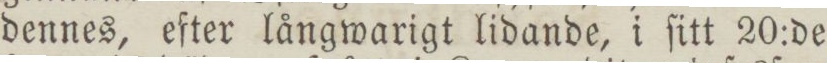
dennes, efter långwarigt lidande, i ſitt 20:de